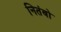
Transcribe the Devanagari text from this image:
नितंबो